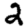
Digit: 2